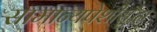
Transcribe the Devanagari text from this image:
सामान्यपेशीसुद्धा